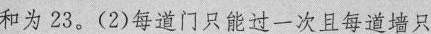
和为23。(2)每道门只能过一次且每道墙只